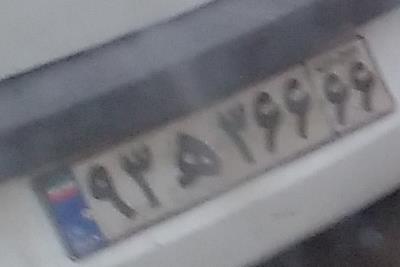
۹۳ه۳۶۶۶۶